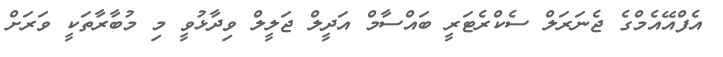
އެފްއޭއެމްގެ ޖެނަރަލް ސެކްރެޓަރީ ބައްސާމް އަދީލް ޖަލީލް ވިދާޅުވީ މި މުބާރާތަކީ ވަރަށް